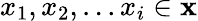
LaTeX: x_{1},x_{2},...x_{i}\in\textbf{x}